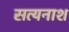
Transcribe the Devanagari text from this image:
सत्यनाश